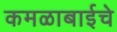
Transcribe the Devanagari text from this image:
कमळाबाईचे